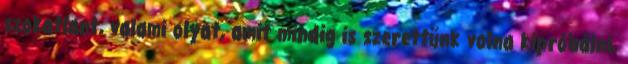
szokatlant, valami olyat, amit mindig is szerettünk volna kipróbálni,